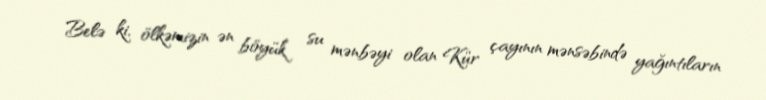
Belə ki, ölkəmizin ən böyük su mənbəyi olan Kür çayının mənsəbində yağıntıların